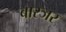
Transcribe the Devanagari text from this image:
बारजर